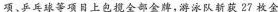
项、乒乓球等项目上包揽全部金牌，游泳队斩获27枚金